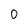
Character: 0